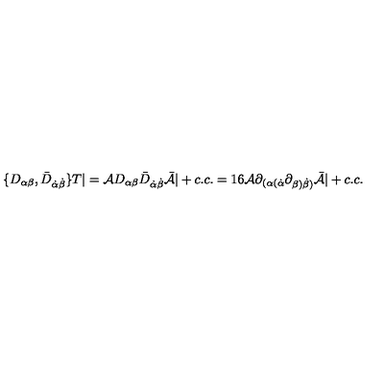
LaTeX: \{ D _ { \alpha \beta } , { \bar { D } } _ { \dot { \alpha } \dot { \beta } } \} T | = { \cal A } D _ { \alpha \beta } { \bar { D } } _ { \dot { \alpha } \dot { \beta } } { \bar { \cal A } } | + c . c . = 1 6 { \cal A } \partial _ { ( \alpha ( \dot { \alpha } } \partial _ { \beta ) \dot { \beta } ) } { \bar { \cal A } } | + c . c .